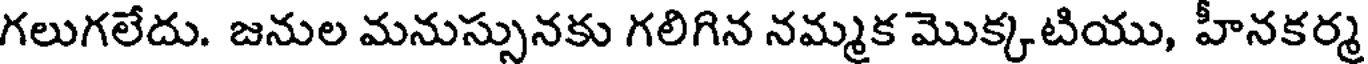
గలుగలేదు. జనుల మనుస్సునకు గలిగిన నమ్మక మొక్కటియు, హీనకర్మ